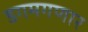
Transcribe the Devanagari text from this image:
डगमगणार